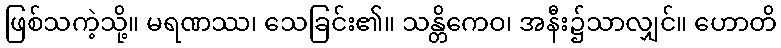
ဖြစ်သကဲ့သို့။ မရဏဿ၊ သေခြင်း၏။ သန္တိကေဝ၊ အနီး၌သာလျှင်။ ဟောတိ